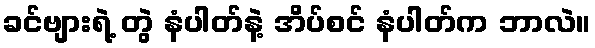
ခင်ဗျားရဲ့ တွဲ နံပါတ်နဲ့ အိပ်စင် နံပါတ်က ဘာလဲ။